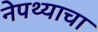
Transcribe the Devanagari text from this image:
नेपथ्याचा